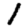
Digit: 1